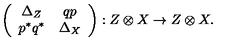
\left( \begin{array} { c c } { \Delta _ { Z } } & { q p } \\ { p ^ { * } q ^ { * } } & { \Delta _ { X } } \\ \end{array} \right) : Z \otimes X \to Z \otimes X .